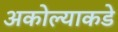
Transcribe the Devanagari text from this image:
अकोल्याकडे